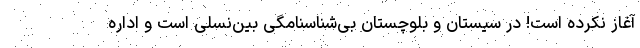
آغاز نکرده است! در سیستان و بلوچستان بی‌شناسنامگی بین‌نسلی است و اداره